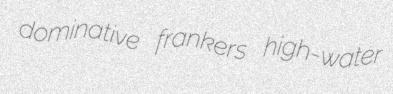
dominative frankers high-water